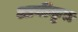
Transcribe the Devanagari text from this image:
आर्यीकृत